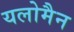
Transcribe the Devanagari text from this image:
यलोमैन